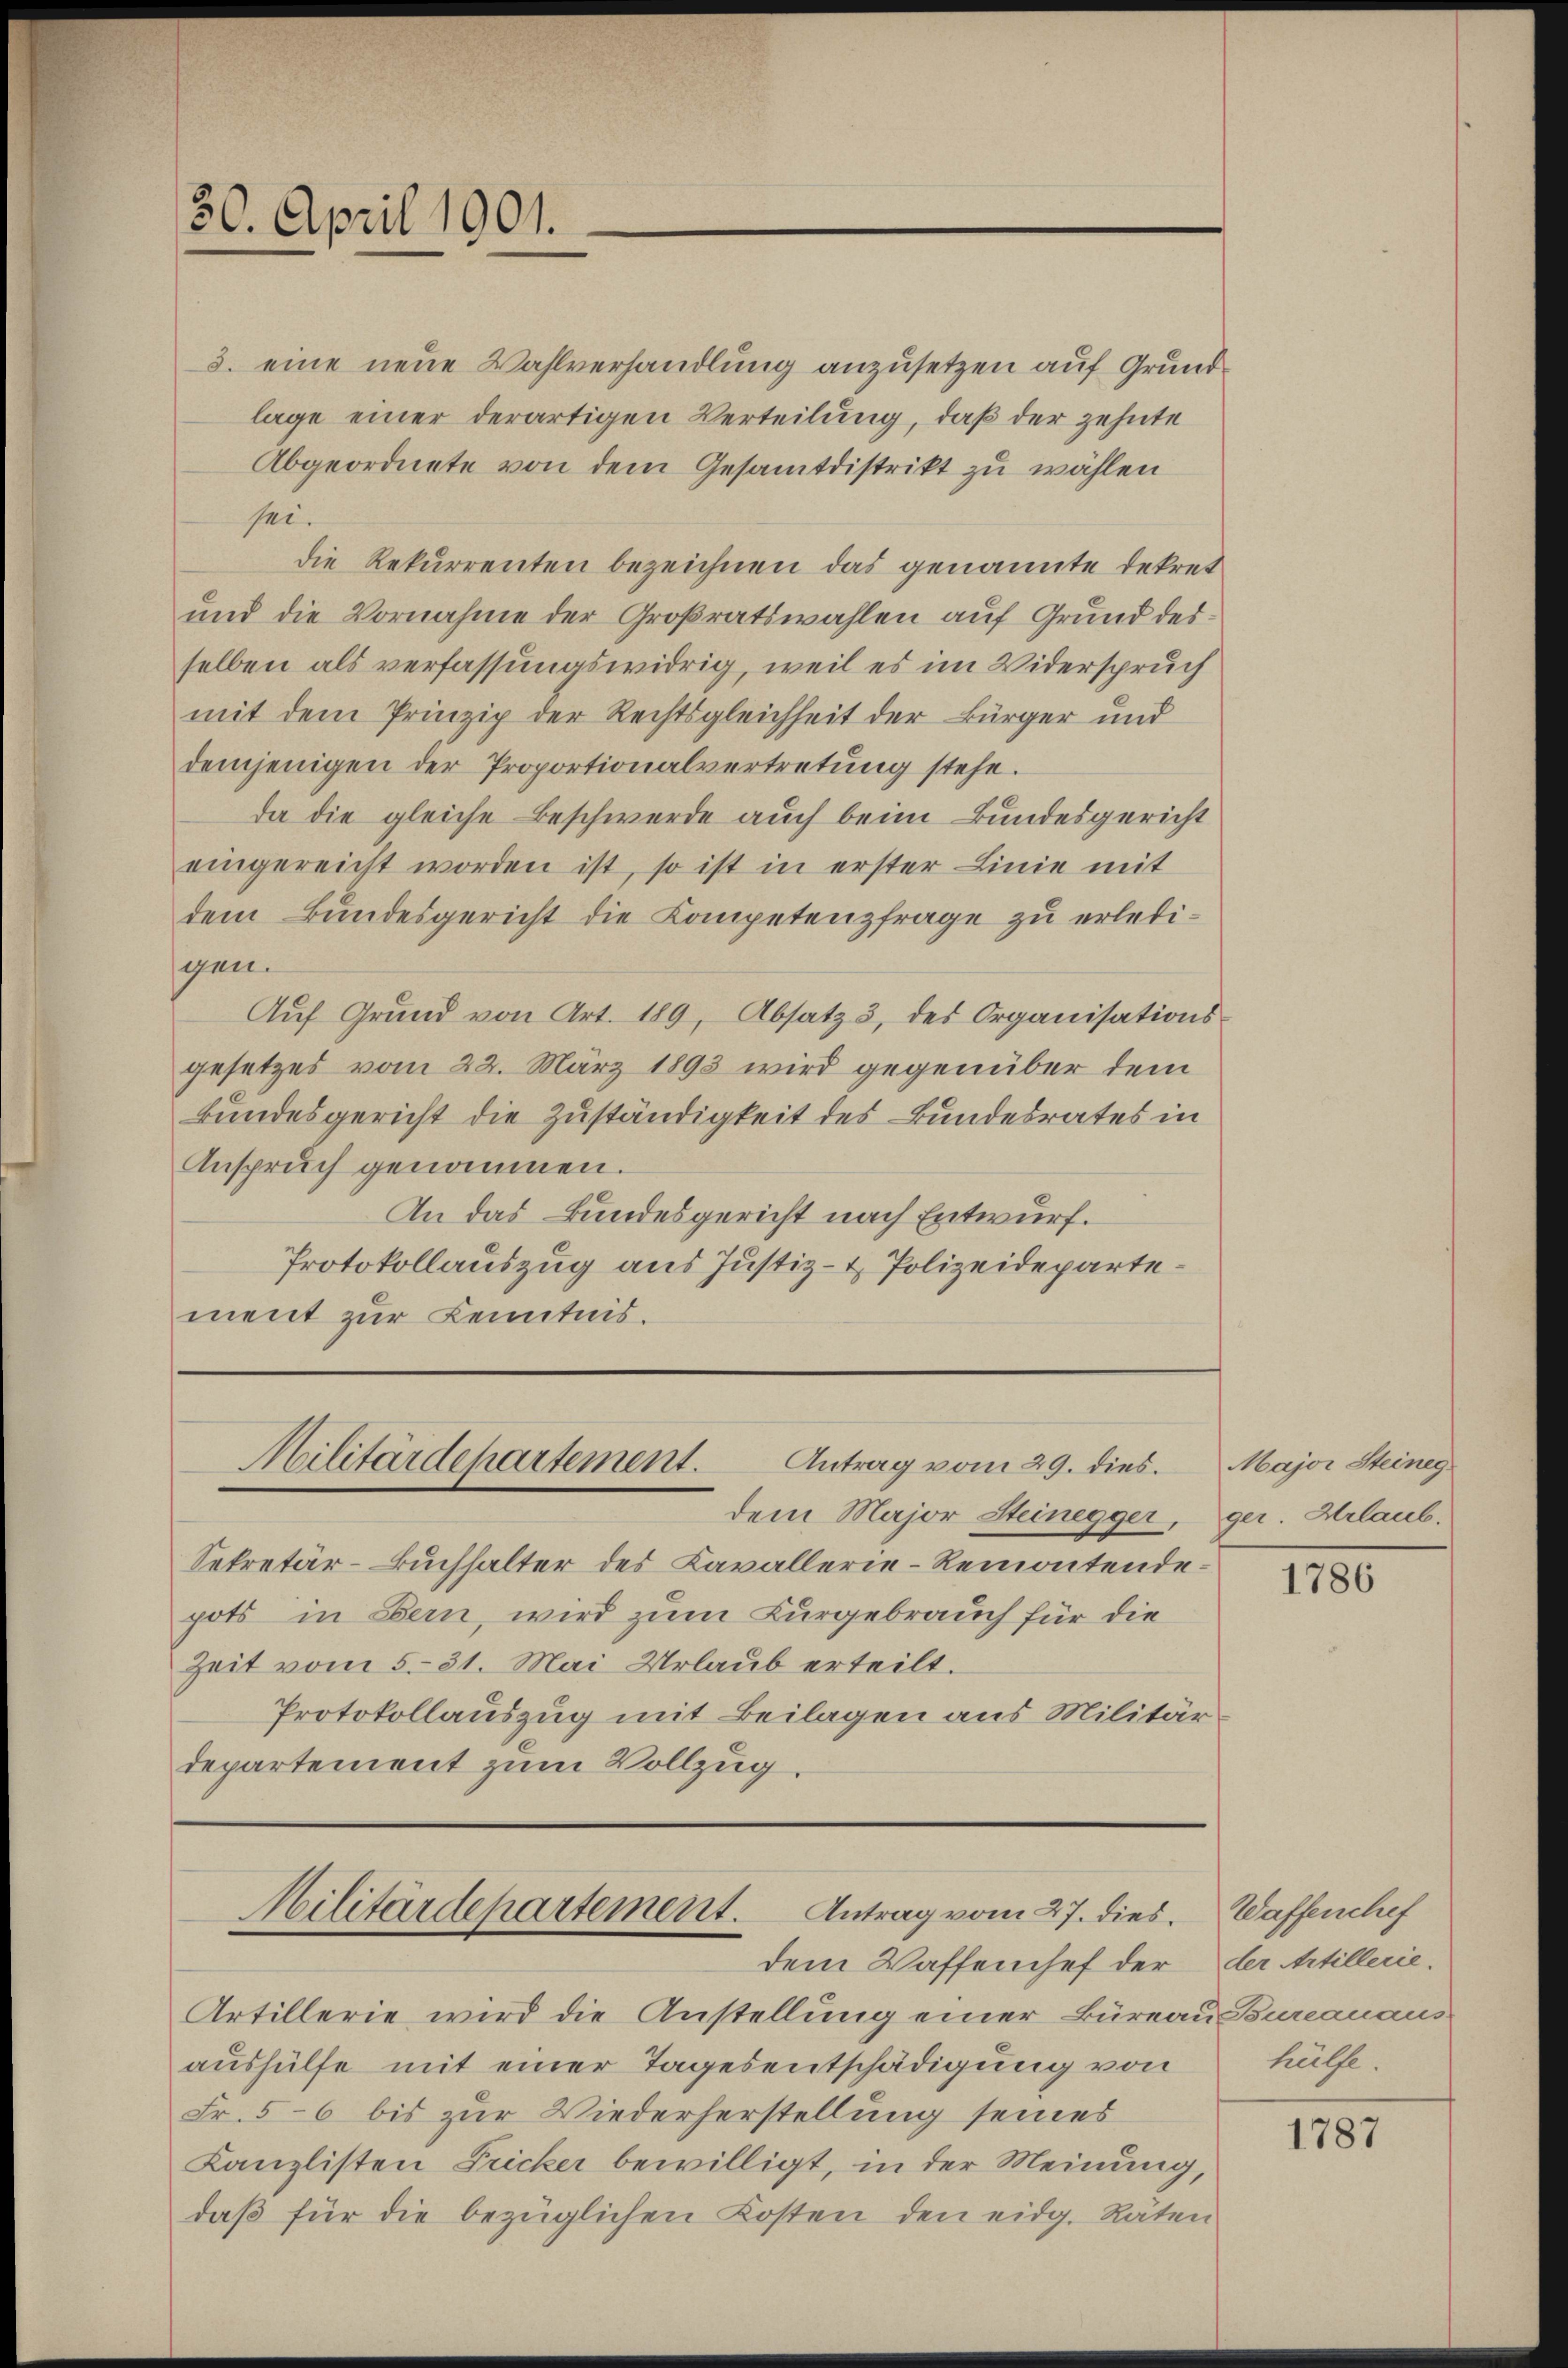
30. April 1901.

3. eine neue Wahlverhandlung anzusetzen auf Grundlage einer derartigen Verteilung, daß der zehnte
Abgeordnete von dem Gesamtdistrikt zu wählen
sei.
die Rekurrenten bezeichnen das genannte Dekret
und die Vornahme der Großratswahlen auf Grund des
selben als verfassungswidrig, weil es im Widerspruch
mit dem Prinzip der Rechtsgleichheit der Bürger und
demjenigen der Proportionalvertretung stehe.
da die gleiche Beschwerde auch beim Bundesgericht
eingereicht worden ist, so ist in erster Linie mit
dem Bundesgericht die Kompetenzfrage zu erledigen.
Auf Grund von Art. 189, Absatz 3, des Organisations-
gesetzes vom 22. März 1893 wird gegenüber dem
Bundesgericht die Zuständigkeit des Bundesrates in
Anspruch genommen.
An das Bundesgericht nach Entwurf.
Protokollauszug aus Justiz- & Polizeidepartement zur Kenntnis.

Militärdepartement. Antrag vom 29. dies

Militärdepartement. Antrag vom 27. dies. Waffenchef
dem Waffenhef der

Artillerie wird die Anstellung einer Büreau Burcanaus
aushülfe mit einer Tagesentschädigung von
Fr. 5-6 bis zur Wiederherstellung seines
Kanzlisten Fricker bewilligt, in der Meinung,
daß für die bezüglichen Kosten den eidg. Räten

Sekretär-Buchhalter des Kavallerie-Remontendepots in Bern, wird zum Kurgebrauch für die
Zeit vom 5. 31. Mai Urlaub erteilt.
Protokollauszug mit Beilagen aus Militärdepartement zum Vollzug.

dem Major Steinegger

Major Steineg
ger. Urlaub.

1786

der Artillerie.
hülfe.

1787